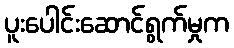
ပူးပေါင်းဆောင်ရွက်မှုက